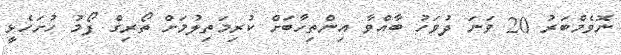
ނޮވެމްބަރު 20 ވަނަ ދުވަހު ބާއްވާ އިންތިހާބަށް ކުރިމަތިލުމަށް ތޯރިގް ފޯމު ހުށަހެޅީ